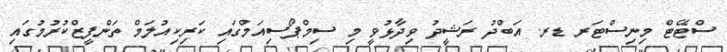
ސްޓޭޓް މިނިސްޓަރ ޑރ. އަބްދު ރަޝީދު ވިދާޅުވީ މި ސިމްޕޯސިއަމްގައި ކަރިކިއުލަމް ތަންފީޒްކުރުމުގައި